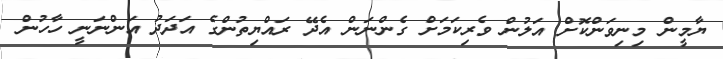
ޔާމީން މިނިވަންކޮށް އަލުން ވެރިކަމަށް ގެންނަން އެދޭ ރައްޔިތުންގެ އަދަދު އަންނަނީ ހާހުން